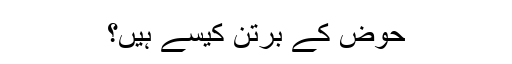
حوض کے برتن کیسے ہیں؟